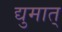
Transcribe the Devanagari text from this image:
द्युमात्